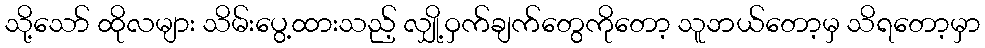
သို့သော် ထိုလများ သိမ်းပွေ့ထားသည့် လျှို့ဝှက်ချက်တွေကိုတော့ သူဘယ်တော့မှ သိရတော့မှာ